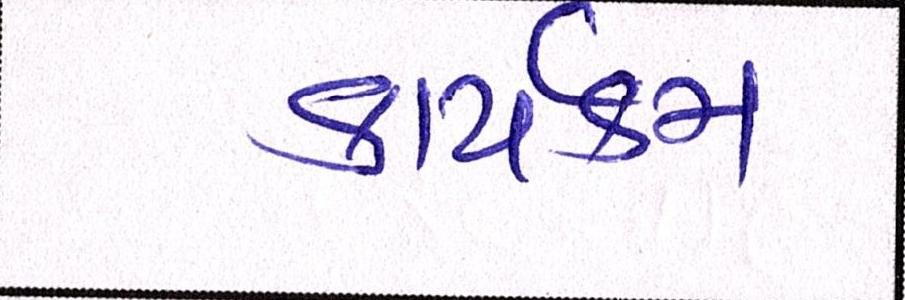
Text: કાર્યક્મ